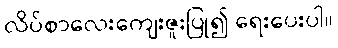
လိပ်စာလေးကျေးဇူးပြု၍ ရေးပေးပါ။